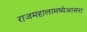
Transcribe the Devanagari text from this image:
राजमहालामध्येआसरा